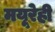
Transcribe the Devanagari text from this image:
मयूरेही